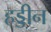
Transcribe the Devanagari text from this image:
हड्डीन